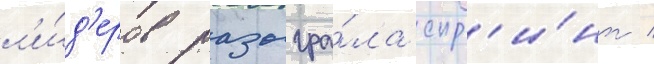
л'и́д'еров разыгра́ла спр'и́нт /